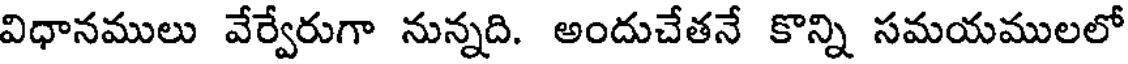
విధానములు వేర్వేరుగా నున్నది. అందుచేతనే కొన్ని సమయములలో